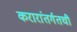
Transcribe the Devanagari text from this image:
करारांतर्गतची